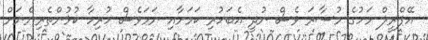
އޭޕްރީލް މަހުގެ މުސާރަ ވެސް ނުދީ އެބަހުރި ކަމަށާއި ނަމަވެސް ހުރިހާ ކުޅުންތެރިންނަށް